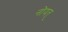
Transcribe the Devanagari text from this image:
नोयत्